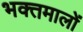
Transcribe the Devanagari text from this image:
भक्तमालों